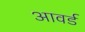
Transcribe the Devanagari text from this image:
आवर्ड